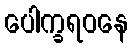
ပေါက္ခရဝနေ